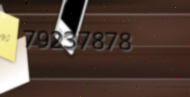
79237878